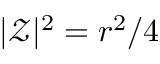
| \mathcal { Z } | ^ { 2 } = r ^ { 2 } / 4